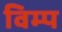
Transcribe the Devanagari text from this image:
विम्प